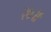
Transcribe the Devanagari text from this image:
२७॥